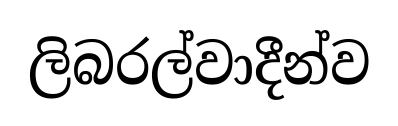
ලිබරල්වාදීන්ව